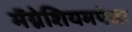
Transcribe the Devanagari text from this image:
मॅग्नेशियमपेक्षा